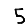
Digit: 5